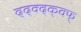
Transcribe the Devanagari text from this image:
द्द्क्द्क्क्फ्